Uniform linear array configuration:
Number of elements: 8
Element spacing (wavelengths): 0.5
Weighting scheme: hamming
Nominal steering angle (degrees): -45
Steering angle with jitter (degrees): -45.74
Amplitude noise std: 0.05
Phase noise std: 0.05

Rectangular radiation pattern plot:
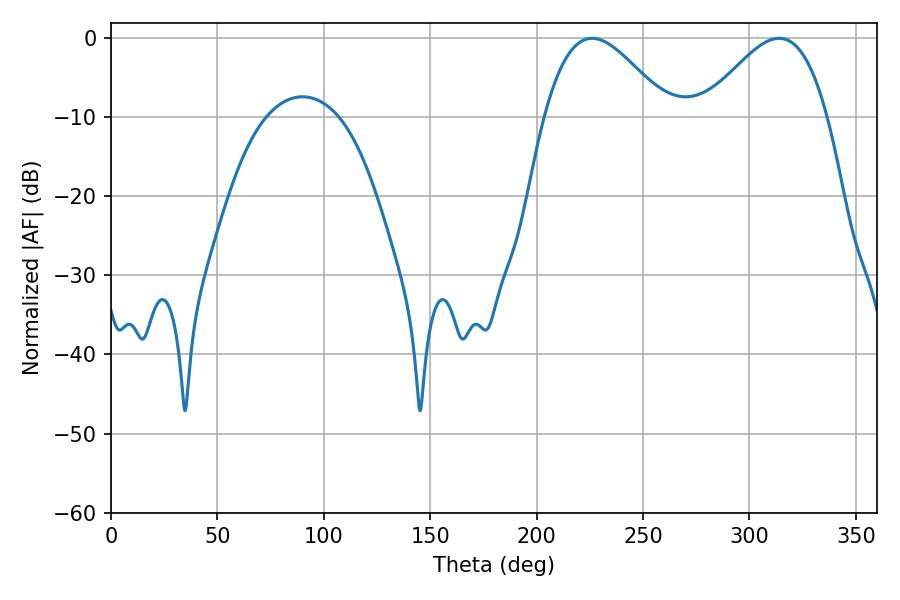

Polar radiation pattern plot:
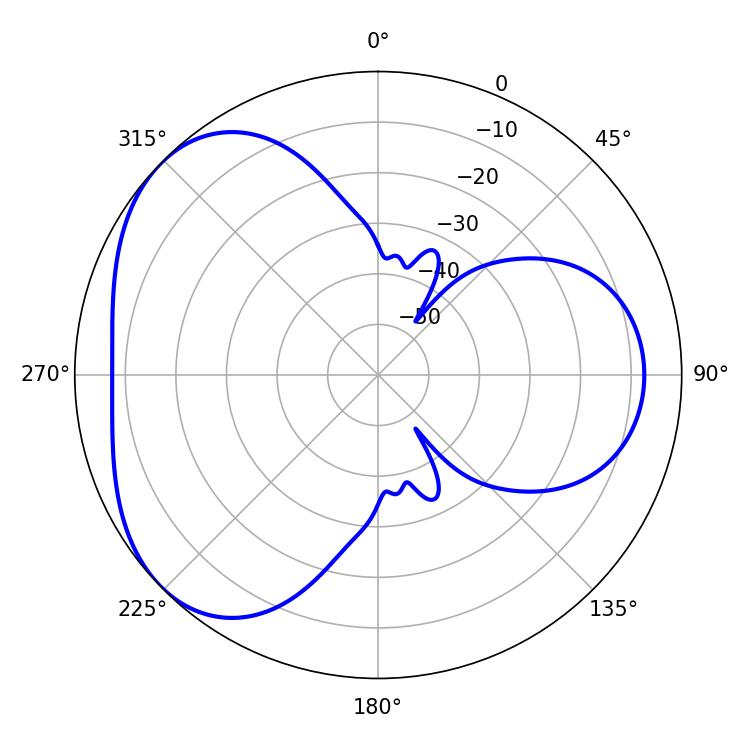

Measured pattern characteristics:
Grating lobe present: FALSE
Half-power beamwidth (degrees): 31.14
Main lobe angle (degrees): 226.08